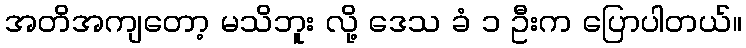
အတိအကျတော့ မသိဘူး လို့ ဒေသ ခံ ၁ ဦးက ပြောပါတယ်။